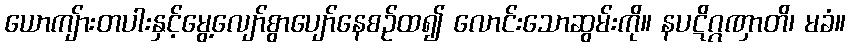
ယောကျ်ားတပါးနှင့်မွေ့လျော်စွာပျော်နေစဉ်ထ၍ လောင်းသောဆွမ်းကို။ နပဋိဂ္ဂဏှာတိ၊ မခံ။